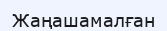
Жаңашамалған